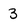
Character: 3